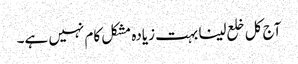
آج کل خلع لینا بہت زیادہ مشکل کام نہیں ہے۔